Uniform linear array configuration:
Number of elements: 48
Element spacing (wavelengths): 0.5
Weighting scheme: kaiser
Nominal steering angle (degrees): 15
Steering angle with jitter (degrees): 15.58
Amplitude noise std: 0.05
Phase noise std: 0.05

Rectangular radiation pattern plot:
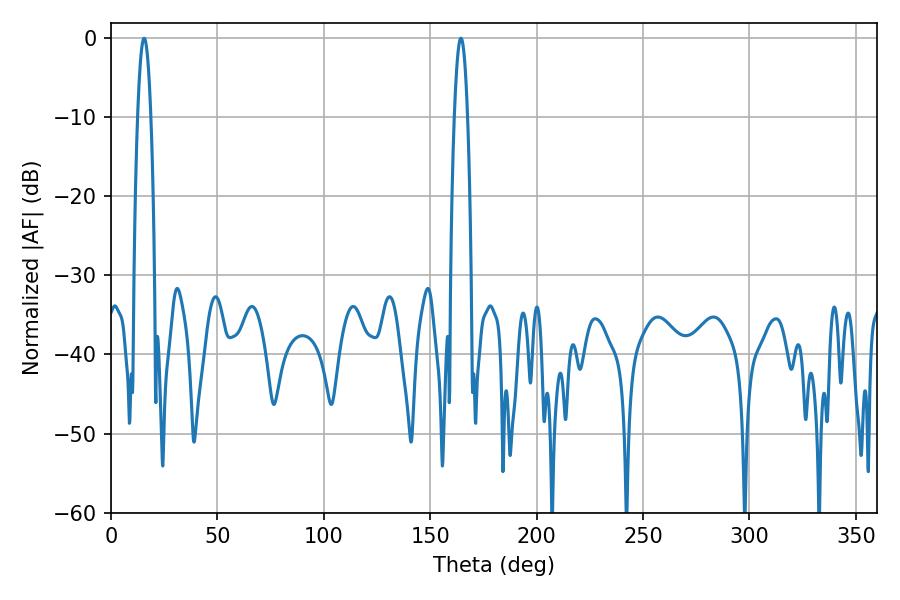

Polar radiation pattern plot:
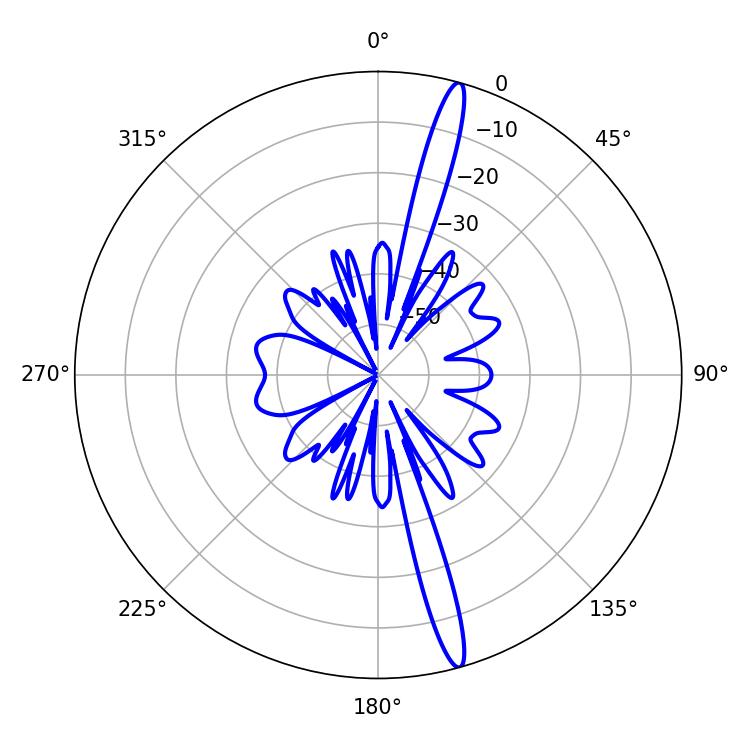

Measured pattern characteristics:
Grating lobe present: FALSE
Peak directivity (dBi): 17.569
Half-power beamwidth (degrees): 3.42
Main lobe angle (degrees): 164.34